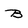
Character: b